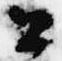
公